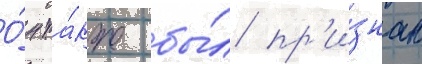
О́н та́кже бы́л пр'и́знан